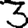
Digit: 3